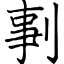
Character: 剚